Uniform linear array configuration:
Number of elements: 8
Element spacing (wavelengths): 0.5
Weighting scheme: binomial
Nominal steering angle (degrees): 30
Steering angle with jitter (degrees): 31.034
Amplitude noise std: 0.05
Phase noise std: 0.05

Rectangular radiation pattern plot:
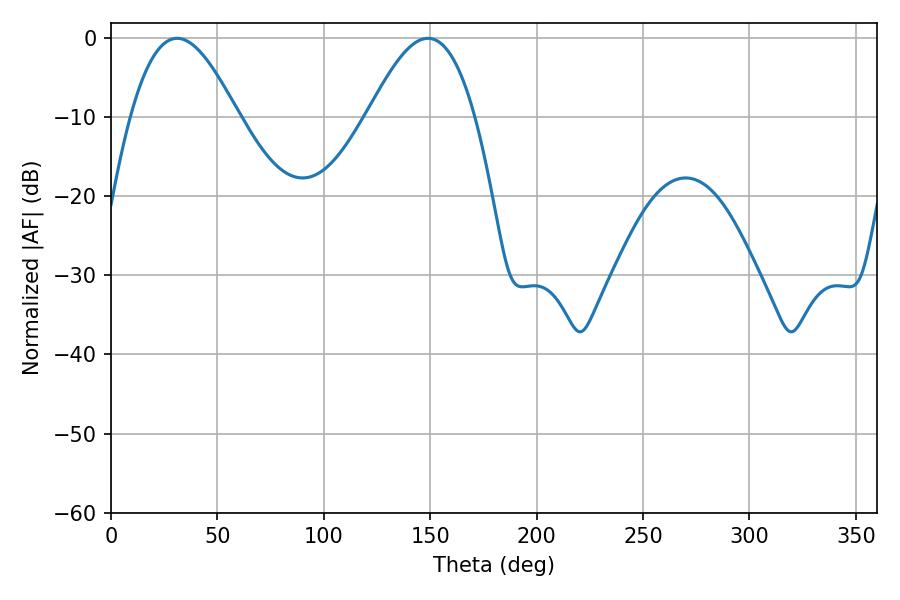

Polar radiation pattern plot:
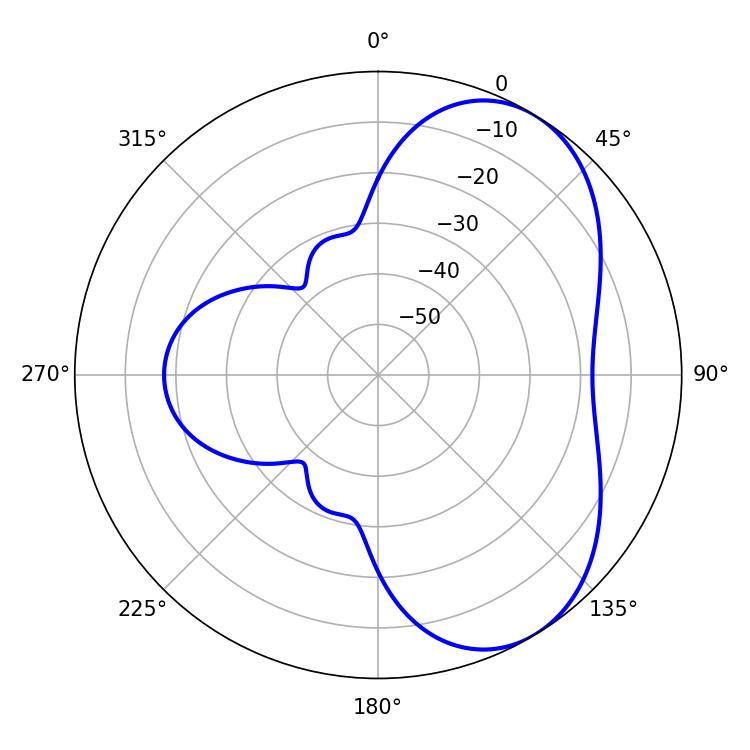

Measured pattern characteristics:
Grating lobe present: FALSE
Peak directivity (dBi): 5.5
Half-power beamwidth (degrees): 27.18
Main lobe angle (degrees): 31.14